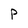
Character: P